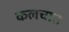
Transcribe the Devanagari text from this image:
कलचात